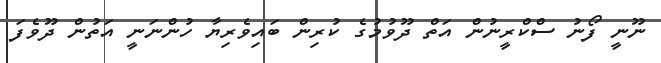
ނޫނީ ފޯނު ސްކްރީނުން އަތް ދޫވުމުގެ ކުރިން ބައިވެރިޔާ ހުންނަނީ އަތުން ދޫވެފަ